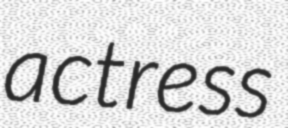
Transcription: actress